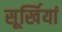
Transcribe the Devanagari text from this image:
सूर्खियां